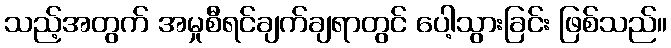
သည့်အတွက် အမှုစီရင်ချက်ချရာတွင် ပေါ့သွားခြင်း ဖြစ်သည်။